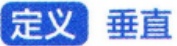
定义 垂直